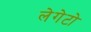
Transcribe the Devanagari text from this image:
लेगेटो